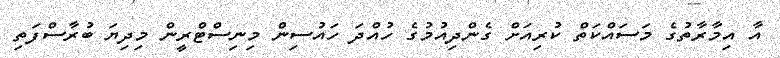
އާ އިމާރާތުގެ މަސައްކަތް ކުރިއަށް ގެންދިއުމުގެ ހުއްދަ ހައުސިން މިނިސްޓްރީން މިދިޔަ ބުރާސްފަތި